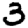
Digit: 3